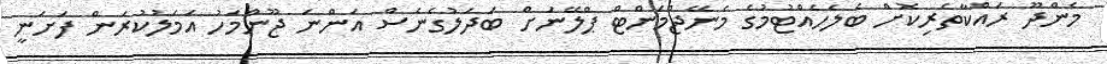
މެންދޫ ރައްކާތެރިކޮށް ބެލެހެއްޓުމުގެ މެނޭޖްމަންޓް ޕްލޭނަށް ބަދަލުގެނެސް އަންނަ ޖޫންމަހު އަމަލުކުރަން ފަށަނީ